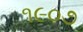
૧૯૦૭